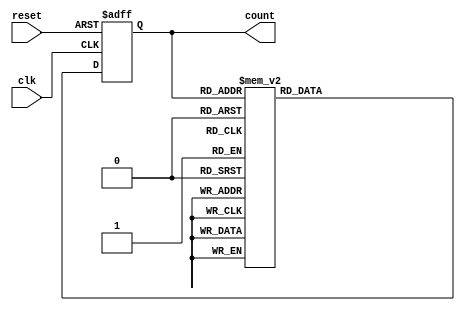
module BCD_Counter (
    input wire clk,
    input wire reset,
    output reg [3:0] count
);

reg [3:0] next_count;

always @ (posedge clk or posedge reset) begin
    if (reset) begin
        count <= 4'b0;
    end else begin
        case (count)
            4'b0000: next_count = 4'b0001;
            4'b0001: next_count = 4'b0010;
            4'b0010: next_count = 4'b0011;
            4'b0011: next_count = 4'b0100;
            4'b0100: next_count = 4'b0101;
            4'b0101: next_count = 4'b0110;
            4'b0110: next_count = 4'b0111;
            4'b0111: next_count = 4'b1000;
            4'b1000: next_count = 4'b1001;
            4'b1001: next_count = 4'b0000;
            default: next_count = 4'b0000;
        endcase
        
        count <= next_count;
    end
end

endmodule